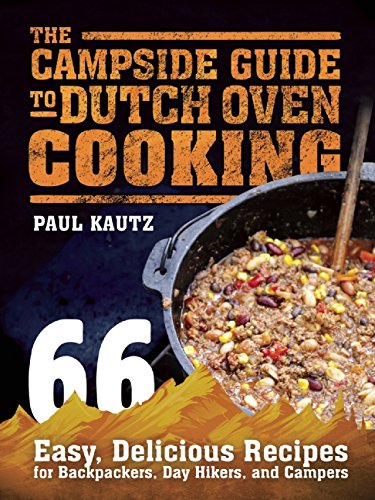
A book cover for The Campside Guide to Dutch Oven Cooking: 66 Easy, Delicious Recipes for Backpackers, Day Hikers, and Campers; Paul Kautz; Cookbooks, Food & Wine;